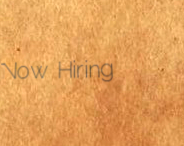
Now Hiring